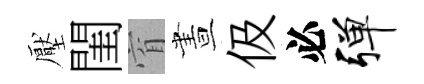
壓閨窅晝伋必弹